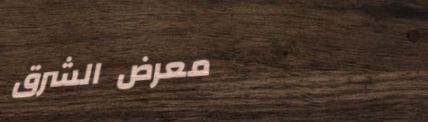
معرض الشرق